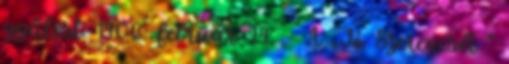
gyűlést. 1906. február 24. – A „Jó Szerencsét ”